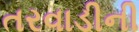
તરવાડીની